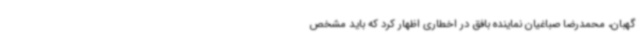
گهبان، محمدرضا صباغیان نماینده بافق در اخطاری اظهار کرد که باید مشخص